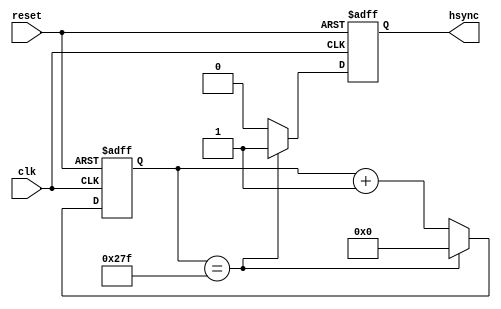
module hsync_generator(
    input clk,
    input reset,
    output reg hsync
);

reg [10:0] counter = 0;

always @(posedge clk or posedge reset) begin
    if(reset) begin
        counter <= 0;
        hsync <= 0;
    end else begin
        if(counter == 639) begin
            counter <= 0;
            hsync <= 1;
        end else begin
            counter <= counter + 1;
            hsync <= 0;
        end
    end
end

endmodule